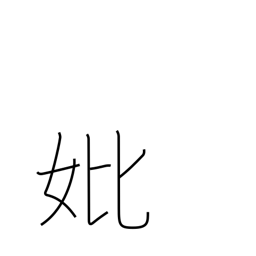
Meaning: mother